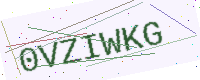
Text: 0VZIWKG